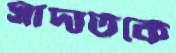
সাদাতকে